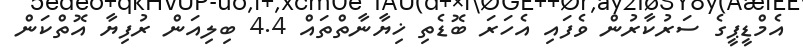
އެމްޑީޕީގެ ސަރުކާރުން ވެފައި އެހަރަ ބޮޑެތި ޚިޔާނާތްތައް 4.4 ބިލިއަން ރުފިޔާ އޮތްކަން